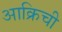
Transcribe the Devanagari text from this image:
आक्रिची